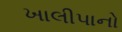
ખાલીપાનો